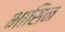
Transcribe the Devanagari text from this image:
भासिन